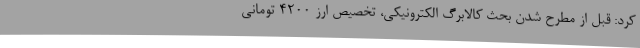
کرد: قبل از مطرح شدن بحث کالابرگ الکترونیکی، تخصیص ارز 4200 تومانی